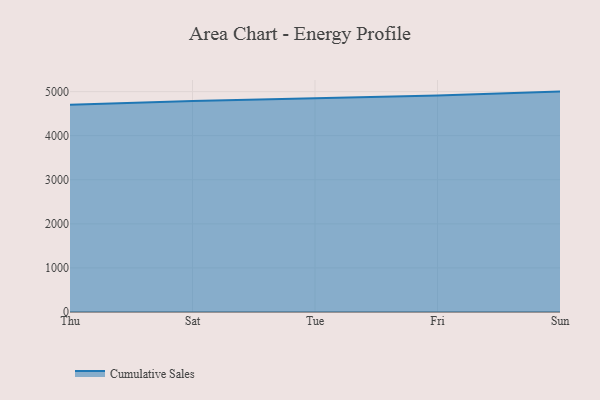
{"axis": {"x": "Day", "y": "Inventory Turnover"}, "legend": ["Cumulative Sales"], "data": [{"x": "Thu", "y": 4703.1, "type": "Cumulative Sales"}, {"x": "Sat", "y": 4787.6, "type": "Cumulative Sales"}, {"x": "Tue", "y": 4848.8, "type": "Cumulative Sales"}, {"x": "Fri", "y": 4909.2, "type": "Cumulative Sales"}, {"x": "Sun", "y": 5000, "type": "Cumulative Sales"}]}